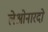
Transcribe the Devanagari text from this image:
लेओनारदो